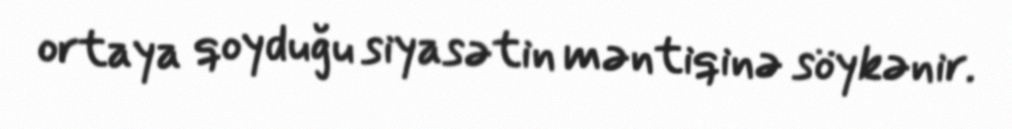
ortaya qoyduğu siyasətin məntiqinə söykənir.